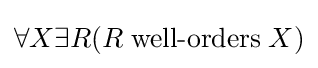
\forall X\exists R(R\;{\mbox{well-orders}}\;X)